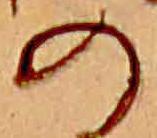
の